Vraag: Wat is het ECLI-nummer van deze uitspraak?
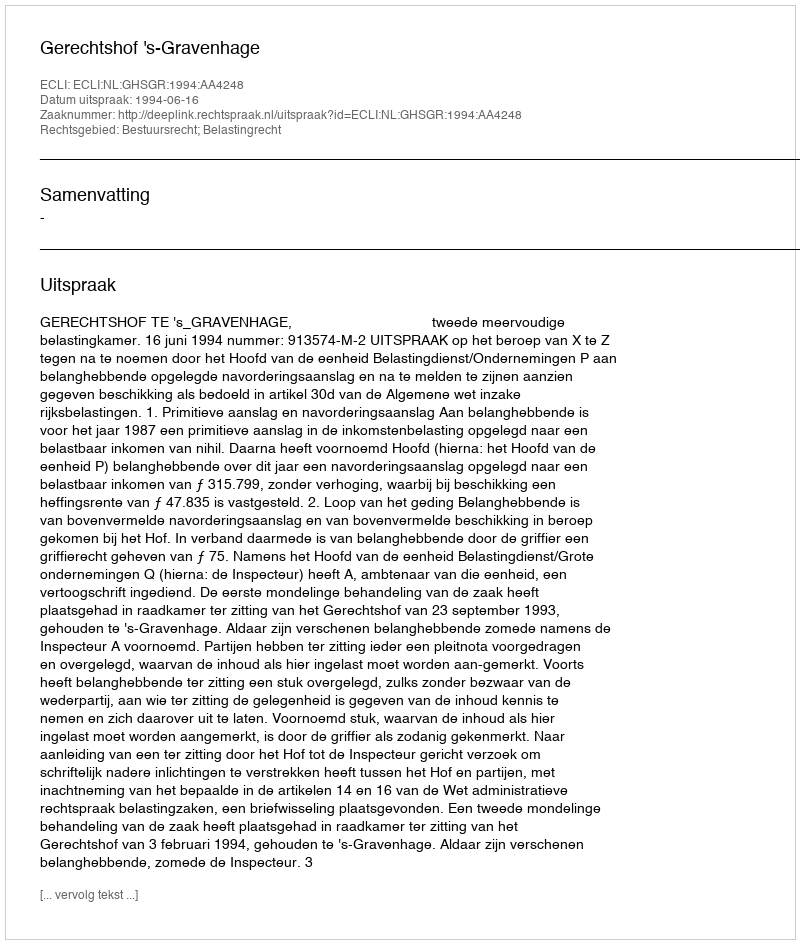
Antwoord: ECLI:NL:GHSGR:1994:AA4248